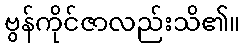
ဗွန်ကိုင်ဇာလည်းသိ၏။